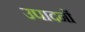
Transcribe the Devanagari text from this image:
उपादनों